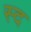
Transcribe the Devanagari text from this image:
स्द